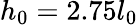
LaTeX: h_{0}=2.75l_{0}